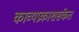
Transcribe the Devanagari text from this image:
काव्यप्रकाशसंकेत